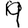
Digit: 9